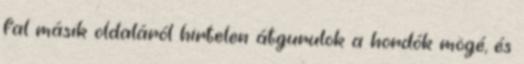
fal másik oldaláról hirtelen átgurulok a hordók mögé, és